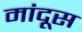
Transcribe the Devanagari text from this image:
मांदूस